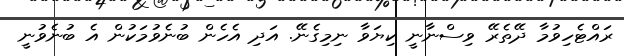
ރައްޓެހިވުމާ ދޭތެރޭ ވިސްނާނީ ކިޔަވާ ނިމިގެނޭ. އަދި އެހެން ބުނެވުމަކުން އެ ބުނެވުނީ